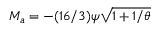
M _ { a } = - ( 1 6 / 3 ) { \psi } \sqrt { 1 + 1 / \theta }